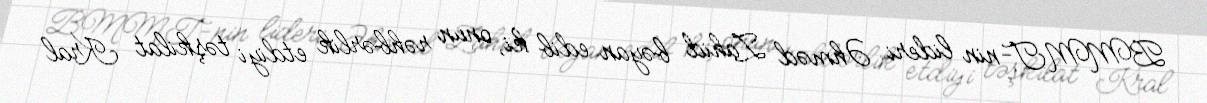
BMMT-nin lideri Əhməd Zahid bəyan edib ki, onun rəhbərlik etdiyi təşkilat Kral